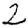
Digit: 2